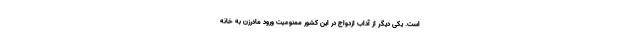
است. یکی دیگر از آداب ازدواج در این کشور ممنوعیت ورود مادرزن به خانه